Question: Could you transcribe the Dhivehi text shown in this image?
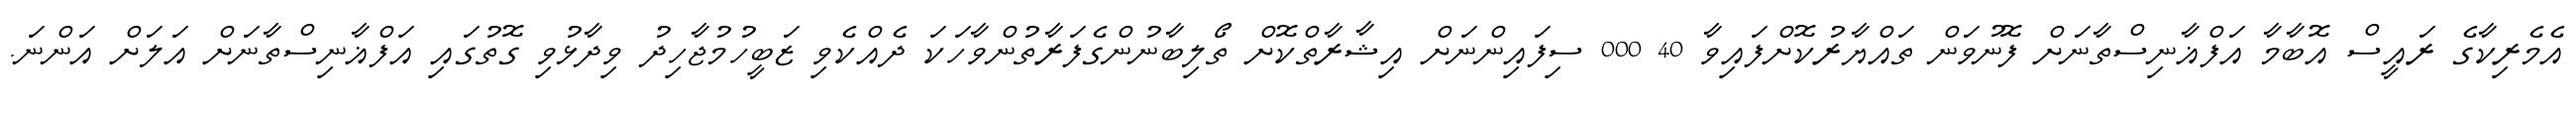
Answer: އެމެރިކާގެ ރައީސް އޮބާމާ އަފްޣާނިސްތާނަށް ފޮނުވަން ތައްޔާރުކޮށްފައިވާ 40 000 ސިފައިންނަށް އިޝާރާތްކޮށް ތޯލިބާނުންގެފަރާތުންވާހަކަ ދެއްކެވި ޒަބީހުމުޖާހިދު ވިދާޅުވި ގޮތުގައި އަފްޣާނިސްތާނަށް އަލަށް އަންނަ.